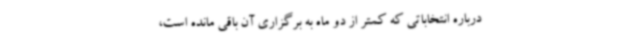
درباره انتخاباتی که کمتر از دو ماه به برگزاری آن باقی مانده است،